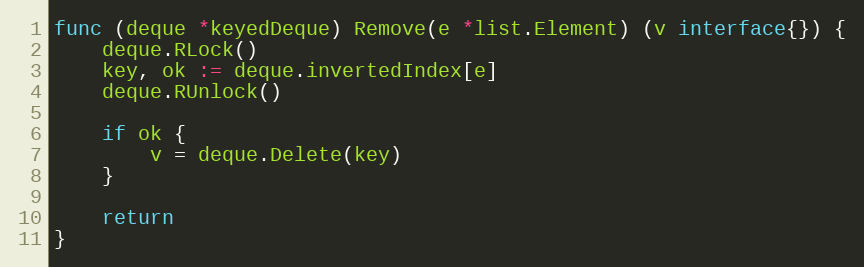
Language: Go
func (deque *keyedDeque) Remove(e *list.Element) (v interface{}) {
	deque.RLock()
	key, ok := deque.invertedIndex[e]
	deque.RUnlock()

	if ok {
		v = deque.Delete(key)
	}

	return
}